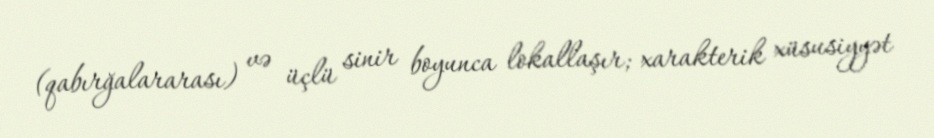
(qabırğalararası) və üçlü sinir boyunca lokallaşır; xarakterik xüsusiyyət